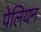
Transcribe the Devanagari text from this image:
पेलियन